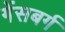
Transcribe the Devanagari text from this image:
गेंसबर्ग